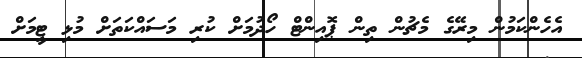
އެހެންކަމުން މިރޭގެ މެޗުން ތިން ޕޮއިންޓް ހޯދުމަށް ކުރި މަސައްކަތަށް މުޅި ޓީމަށް